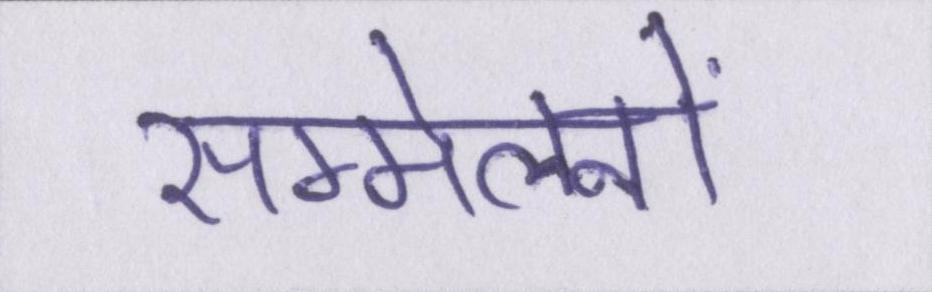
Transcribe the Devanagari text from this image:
सम्मेलनों